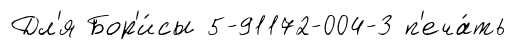
Дл'я Бор'и́сы 5-91172-004-3 п'еча́ть